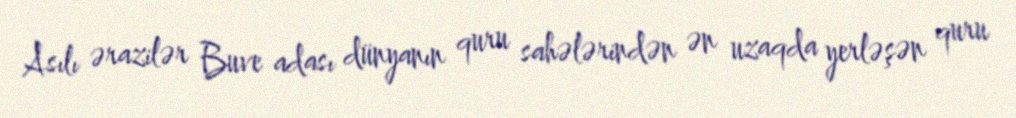
Asılı ərazilər Buve adası dünyanın quru sahələrindən ən uzaqda yerləşən quru